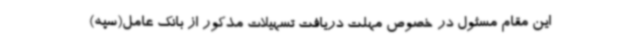
این مقام مسئول در خصوص مهلت دریافت تسهیلات مذکور از بانک عامل(سپه)